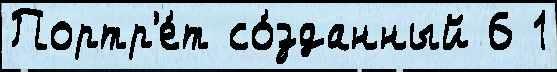
Портр'е́т со́зданный 6 1